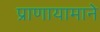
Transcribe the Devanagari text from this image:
प्राणायामाने